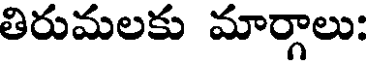
తిరుమలకు మార్గాలు: